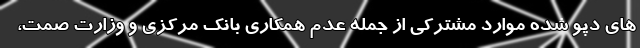
های دپو شده موارد مشترکی از جمله عدم همکاری بانک مرکزی و وزارت صمت،